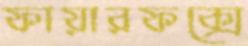
ফায়ারফক্সে